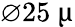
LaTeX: \varnothing 25~\upmu